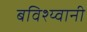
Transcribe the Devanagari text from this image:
बविश्य्वानी